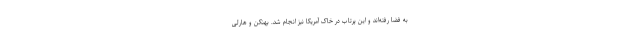
به فضا رفته‌اند و این پرتاب در خاک آمریکا نیز انجام شد. بهنکن و هارلی